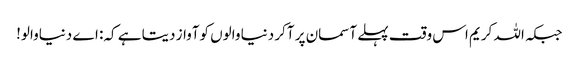
جبکہ اللہ کریم اس وقت پہلے آسمان پر آکر دنیا والوں کوآواز دیتا ہے کہ: اے دنیاوالو!